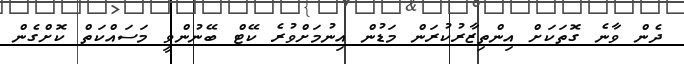
ދެން ވާނެ ގޮތަކަށް އިންތިޒާރުކުރަން މަޑުން އިނުމަށްވުރެ ކޭޓް ބޭނުންވީ މަސައްކަތް ކޮށްގެން